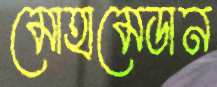
মোহামেডান